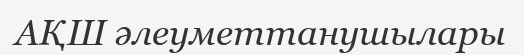
АҚШ әлеуметтанушылары